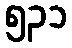
၅၃၁